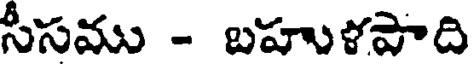
సీసము - బహుళపాది